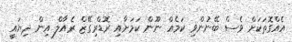
އެއްގޮތަކަށް ވެސް ބޭނުންވި ކަމެއް ނޫން ކަމަށާއި ރޮޑްރިގޭޒް ރެއާލް އިން ދިޔައީ